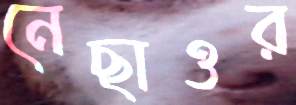
নেছাওর